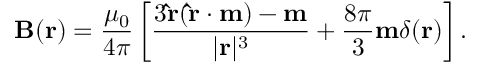
\mathbf { B } ( \mathbf { r } ) = { \frac { \mu _ { 0 } } { 4 \pi } } \left[ { \frac { 3 \mathbf { \hat { r } } ( \mathbf { \hat { r } } \cdot \mathbf { m } ) - \mathbf { m } } { | \mathbf { r } | ^ { 3 } } } + { \frac { 8 \pi } { 3 } } \mathbf { m } \delta ( \mathbf { r } ) \right] .